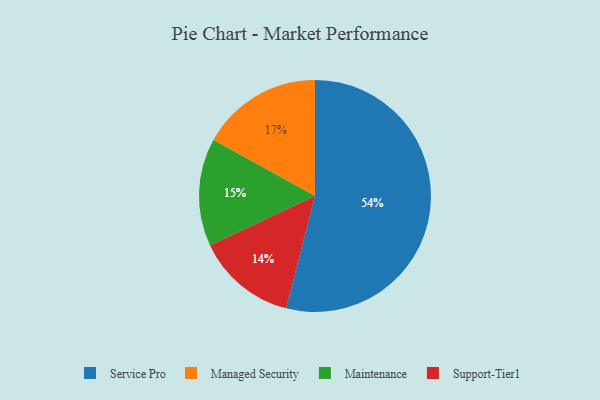
{"axis": {"x": "Category", "y": "Percentage"}, "legend": ["Maintenance", "Managed Security", "Service Pro", "Support-Tier1"], "data": [{"x": "Service Pro", "y": 54, "type": "Service Pro"}, {"x": "Managed Security", "y": 17, "type": "Managed Security"}, {"x": "Support-Tier1", "y": 14, "type": "Support-Tier1"}, {"x": "Maintenance", "y": 15, "type": "Maintenance"}]}